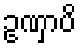
ဥဏှာပိ